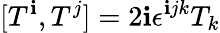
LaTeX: [T^{\mathbf{i}},T^{j}]=2\mathbf{i}\epsilon^{\mathbf{i}jk}T_{k}